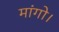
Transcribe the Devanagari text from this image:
मांगो।